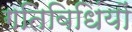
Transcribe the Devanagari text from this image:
गतिविधिंयों